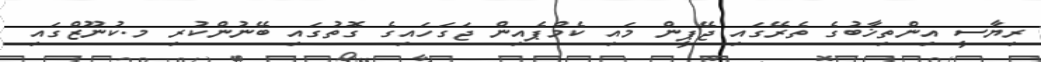
ރިޔާސީ އިންތިޚާބުގެ ތެރޭގައި ޖޭޕީން މައި ކެމްޕެއިން ޖަގަަހައިގެ ގޮތުގައި ބޭނުންކުރި މ.ކުނޫޒްގައި